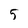
Character: 5